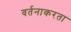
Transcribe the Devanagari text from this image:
वर्तनाकरता